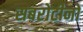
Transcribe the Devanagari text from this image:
सबरोटीनों